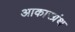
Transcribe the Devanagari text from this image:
आकारग्रंथ